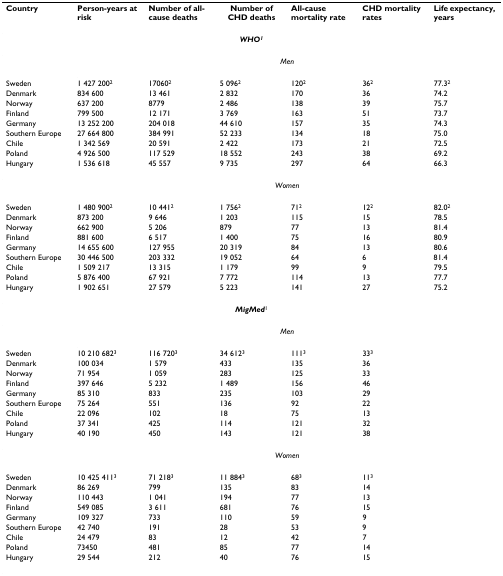
<table><thead><tr><td><b>Country</b></td><td><b>Person-years at risk</b></td><td><b>Number of all-cause deaths</b></td><td><b>Number of CHD deaths</b></td><td><b>All-cause mortality rate</b></td><td><b>CHD mortality rates</b></td><td><b>Life expectancy, years</b></td></tr></thead><tbody><tr><td colspan="7"><b><i>WHO</i></b><sup><b><i>1</i></b></sup></td></tr><tr><td></td><td colspan="6"><i>Men</i></td></tr><tr><td>Sweden</td><td>1 427 200<sup>2</sup></td><td>17060<sup>2</sup></td><td>5 096<sup>2</sup></td><td>120<sup>2</sup></td><td>36<sup>2</sup></td><td>77.3<sup>2</sup></td></tr><tr><td>Denmark</td><td>834 600</td><td>13 461</td><td>2 832</td><td>170</td><td>36</td><td>74.2</td></tr><tr><td>Norway</td><td>637 200</td><td>8779</td><td>2 486</td><td>138</td><td>39</td><td>75.7</td></tr><tr><td>Finland</td><td>799 500</td><td>12 171</td><td>3 769</td><td>163</td><td>51</td><td>73.7</td></tr><tr><td>Germany</td><td>13 252 200</td><td>204 018</td><td>44 610</td><td>157</td><td>35</td><td>74.3</td></tr><tr><td>Southern Europe</td><td>27 664 800</td><td>384 991</td><td>52 233</td><td>134</td><td>18</td><td>75.0</td></tr><tr><td>Chile</td><td>1 342 569</td><td>20 591</td><td>2 422</td><td>173</td><td>21</td><td>72.5</td></tr><tr><td>Poland</td><td>4 926 500</td><td>117 529</td><td>18 552</td><td>243</td><td>38</td><td>69.2</td></tr><tr><td>Hungary</td><td>1 536 618</td><td>45 557</td><td>9 735</td><td>297</td><td>64</td><td>66.3</td></tr><tr><td></td><td colspan="6"><i>Women</i></td></tr><tr><td>Sweden</td><td>1 480 900<sup>2</sup></td><td>10 441<sup>2</sup></td><td>1 756<sup>2</sup></td><td>71<sup>2</sup></td><td>12<sup>2</sup></td><td>82.0<sup>2</sup></td></tr><tr><td>Denmark</td><td>873 200</td><td>9 646</td><td>1 203</td><td>115</td><td>15</td><td>78.5</td></tr><tr><td>Norway</td><td>662 900</td><td>5 206</td><td>879</td><td>77</td><td>13</td><td>81.4</td></tr><tr><td>Finland</td><td>881 600</td><td>6 517</td><td>1 400</td><td>75</td><td>16</td><td>80.9</td></tr><tr><td>Germany</td><td>14 655 600</td><td>127 955</td><td>20 319</td><td>84</td><td>13</td><td>80.6</td></tr><tr><td>Southern Europe</td><td>30 446 500</td><td>203 332</td><td>19 052</td><td>64</td><td>6</td><td>81.4</td></tr><tr><td>Chile</td><td>1 509 217</td><td>13 315</td><td>1 179</td><td>99</td><td>9</td><td>79.5</td></tr><tr><td>Poland</td><td>5 876 400</td><td>67 921</td><td>7 772</td><td>114</td><td>13</td><td>77.7</td></tr><tr><td>Hungary</td><td>1 902 651</td><td>27 579</td><td>5 223</td><td>141</td><td>27</td><td>75.2</td></tr><tr><td colspan="7"><b><i>MigMed</i></b><sup>1</sup></td></tr><tr><td></td><td colspan="6"><i>Men</i></td></tr><tr><td>Sweden</td><td>10 210 682<sup>3</sup></td><td>116 720<sup>3</sup></td><td>34 612<sup>3</sup></td><td>111<sup>3</sup></td><td>33<sup>3</sup></td><td></td></tr><tr><td>Denmark</td><td>100 034</td><td>1 579</td><td>433</td><td>135</td><td>36</td><td></td></tr><tr><td>Norway</td><td>71 954</td><td>1 059</td><td>283</td><td>125</td><td>33</td><td></td></tr><tr><td>Finland</td><td>397 646</td><td>5 232</td><td>1 489</td><td>156</td><td>46</td><td></td></tr><tr><td>Germany</td><td>85 310</td><td>833</td><td>235</td><td>103</td><td>29</td><td></td></tr><tr><td>Southern Europe</td><td>75 264</td><td>551</td><td>136</td><td>92</td><td>22</td><td></td></tr><tr><td>Chile</td><td>22 096</td><td>102</td><td>18</td><td>75</td><td>13</td><td></td></tr><tr><td>Poland</td><td>37 341</td><td>425</td><td>114</td><td>121</td><td>32</td><td></td></tr><tr><td>Hungary</td><td>40 190</td><td>450</td><td>143</td><td>121</td><td>38</td><td></td></tr><tr><td></td><td colspan="6"><i>Women</i></td></tr><tr><td>Sweden</td><td>10 425 411<sup>3</sup></td><td>71 218<sup>3</sup></td><td>11 884<sup>3</sup></td><td>68<sup>3</sup></td><td>11<sup>3</sup></td><td></td></tr><tr><td>Denmark</td><td>86 269</td><td>799</td><td>135</td><td>83</td><td>14</td><td></td></tr><tr><td>Norway</td><td>110 443</td><td>1 041</td><td>194</td><td>77</td><td>13</td><td></td></tr><tr><td>Finland</td><td>549 085</td><td>3 611</td><td>681</td><td>76</td><td>15</td><td></td></tr><tr><td>Germany</td><td>109 327</td><td>733</td><td>110</td><td>59</td><td>9</td><td></td></tr><tr><td>Southern Europe</td><td>42 740</td><td>191</td><td>28</td><td>53</td><td>9</td><td></td></tr><tr><td>Chile</td><td>24 479</td><td>83</td><td>12</td><td>42</td><td>7</td><td></td></tr><tr><td>Poland</td><td>73450</td><td>481</td><td>85</td><td>77</td><td>14</td><td></td></tr><tr><td>Hungary</td><td>29 544</td><td>212</td><td>40</td><td>76</td><td>15</td><td></td></tr></tbody></table>